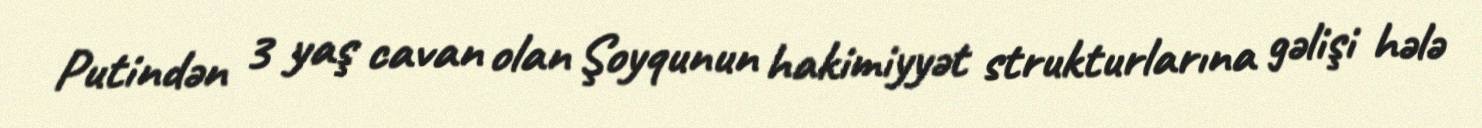
Putindən 3 yaş cavan olan Şoyqunun hakimiyyət strukturlarına gəlişi hələ